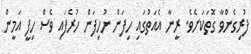
ފުރިގެންވާ ގޮތަކަށެވެ. ރީނާ އެއަތުގައި ހިފަން ނުހިފަން ހުރެފައި ވެސް ހިފީ އަމީން